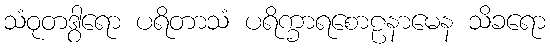
သံဝုတဒွါရော ပရိတာသံ ပရိက္ခာရစောဠနာမေန သိခရော